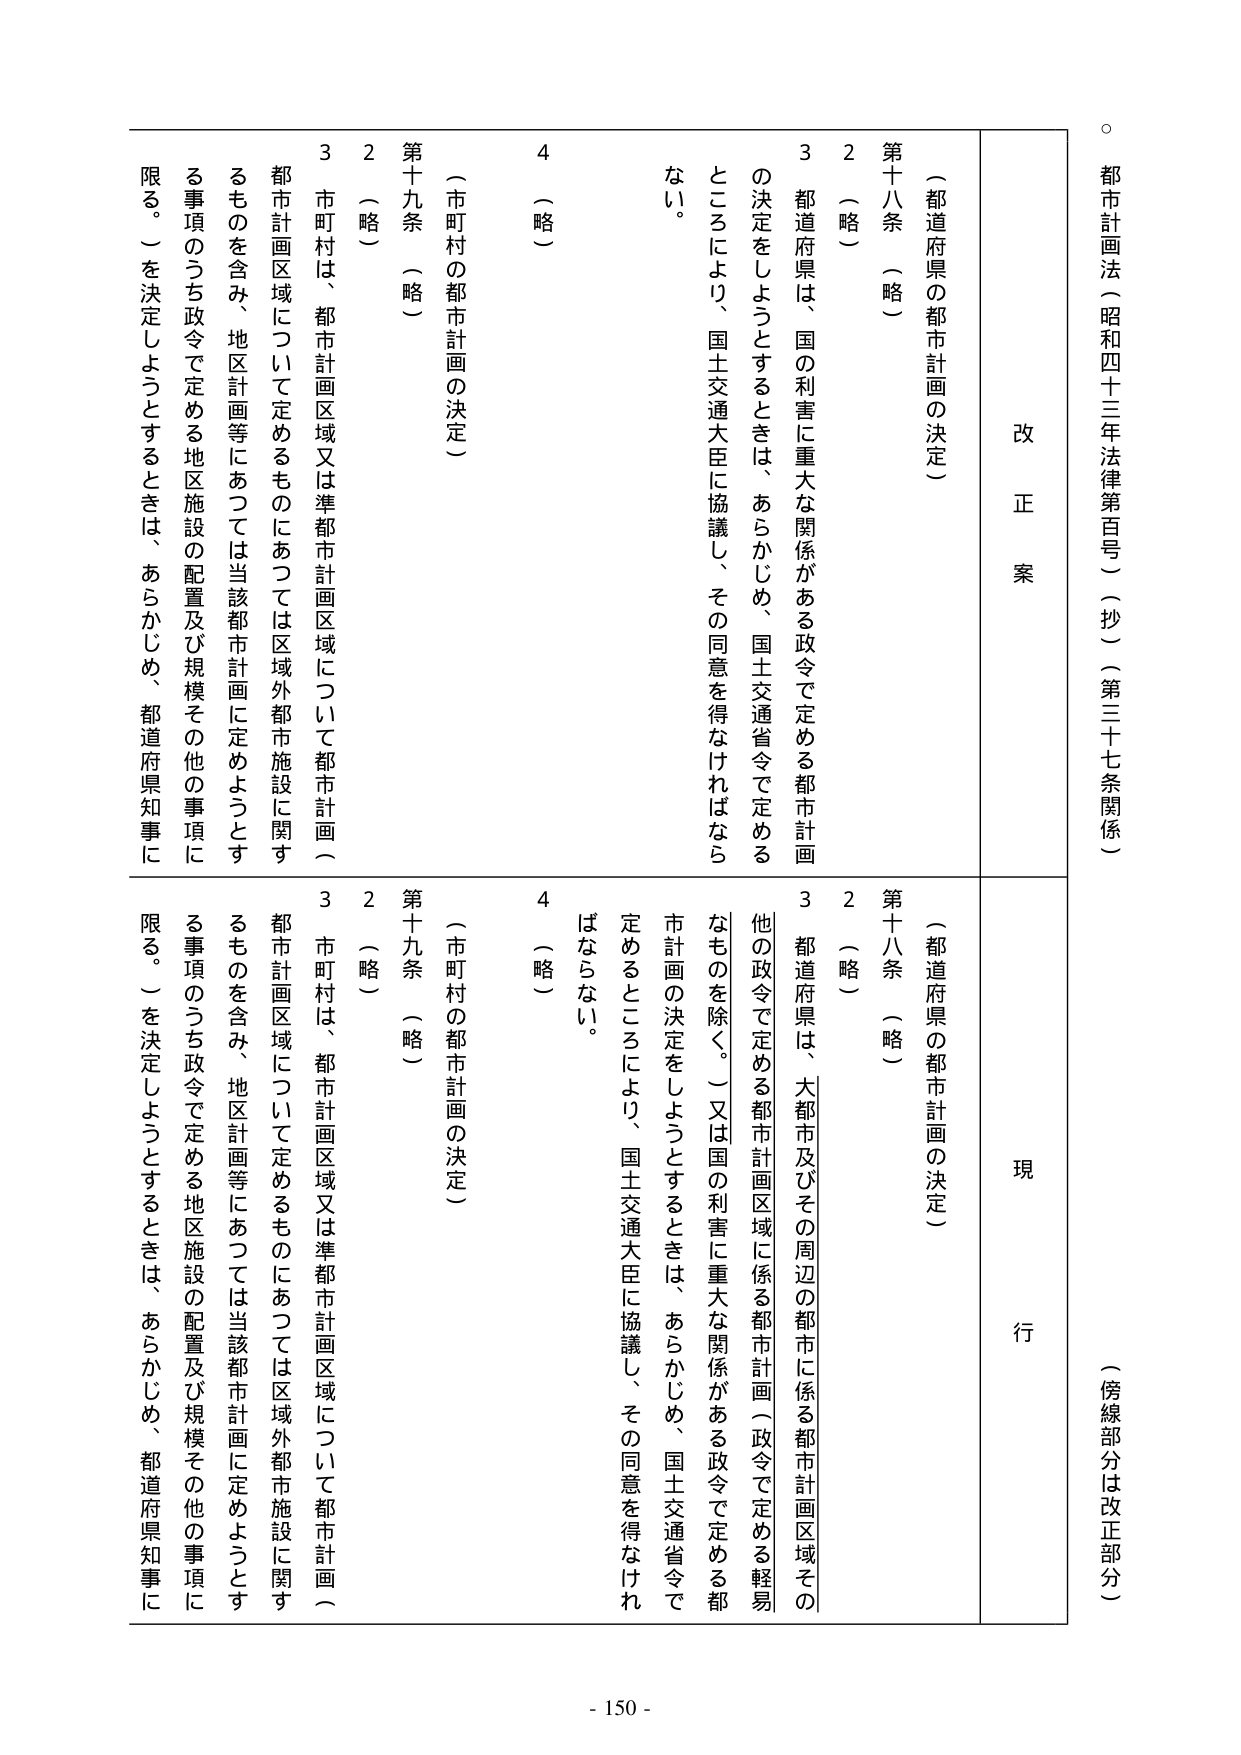
都市計画法（昭和四十三年法律第百号）（抄）（第三十七条関係）

（傍線部分は改正部分）

改正案

（都道府県の都市計画の決定）

第十八条 （略）

２ （略）

３ 都道府県は、国の利害に重大な関係がある政令で定める都市計画の決定をしようとするときは、あらかじめ、国土交通省令で定めるところにより、国土交通大臣に協議し、その同意を得なければならない。

４ （略）

（市町村の都市計画の決定）

第十九条 （略）

２ （略）

３ 市町村は、都市計画区域又は準都市計画区域について都市計画（都市計画区域について定めるものにあつては区域外都市施設に関するものを含み、地区計画等にあつては当該都市計画に定めようとする事項のうち政令で定める地区施設の配置及び規模その他の事項に限る。）を決定しようとするときは、あらかじめ、都道府県知事に

現行

（都道府県の都市計画の決定）

第十八条 （略）

２ （略）

３ 都道府県は、大都市及びその周辺の都市に係る都市計画区域その他の政令で定める都市計画区域に係る都市計画（政令で定める軽易なものを除く。）又は国の利害に重大な関係がある政令で定める都市計画の決定をしようとするときは、あらかじめ、国土交通省令で定めるところにより、国土交通大臣に協議し、その同意を得なければならない。

４ （略）

（市町村の都市計画の決定）

第十九条 （略）

２ （略）

３ 市町村は、都市計画区域又は準都市計画区域について都市計画（都市計画区域について定めるものにあつては区域外都市施設に関するものを含み、地区計画等にあつては当該都市計画に定めようとする事項のうち政令で定める地区施設の配置及び規模その他の事項に限る。）を決定しようとするときは、あらかじめ、都道府県知事に

- 150 -